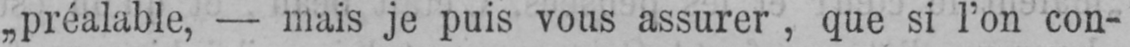
„préalable, - mais je puis vous assurer, que si l’on con-